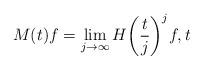
LaTeX: \begin{align*}M(t)f=\lim_{j\to \infty} H\bigg(\frac{t}{j}\bigg)^j f , t \end{align*}